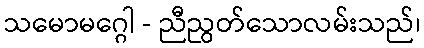
သမောမဂ္ဂေါ - ညီညွတ်သောလမ်းသည်၊